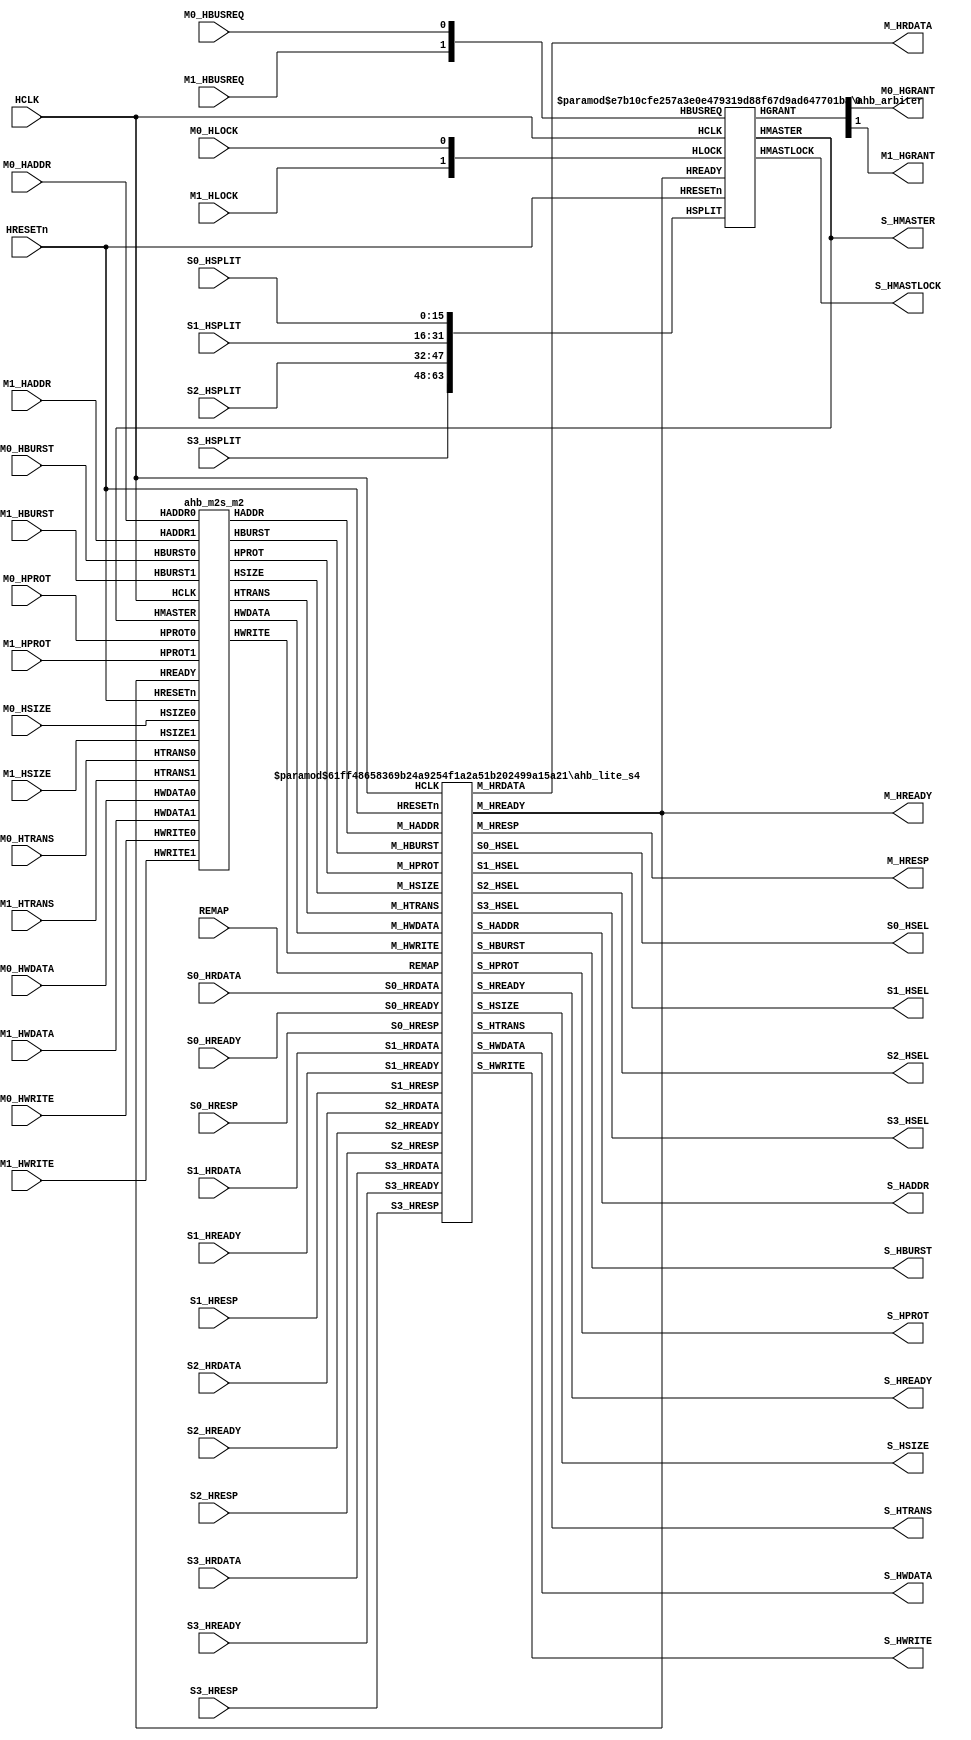
//---------------------------------------------------------------------------
module amba_ahb_m2s4
     #(parameter P_NUMM=2 // num of masters
               , P_NUMS=4 // num of slaves
               , P_HSEL0_START=32'h00000000, P_HSEL0_SIZE=32'h20000000
               , P_HSEL1_START=32'h20000000, P_HSEL1_SIZE=32'h20000000
               , P_HSEL2_START=32'h40000000, P_HSEL2_SIZE=32'h40000000
               , P_HSEL3_START=32'h80000000, P_HSEL3_SIZE=32'h40000000
               )
(
        input   wire         HRESETn
      , input   wire         HCLK
      , input   wire         M0_HBUSREQ
      , output  wire         M0_HGRANT
      , input   wire  [31:0] M0_HADDR
      , input   wire  [ 1:0] M0_HTRANS
      , input   wire  [ 2:0] M0_HSIZE
      , input   wire  [ 2:0] M0_HBURST
      , input   wire  [ 3:0] M0_HPROT
      , input   wire         M0_HLOCK
      , input   wire         M0_HWRITE
      , input   wire  [31:0] M0_HWDATA
      , input   wire         M1_HBUSREQ
      , output  wire         M1_HGRANT
      , input   wire  [31:0] M1_HADDR
      , input   wire  [ 1:0] M1_HTRANS
      , input   wire  [ 2:0] M1_HSIZE
      , input   wire  [ 2:0] M1_HBURST
      , input   wire  [ 3:0] M1_HPROT
      , input   wire         M1_HLOCK
      , input   wire         M1_HWRITE
      , input   wire  [31:0] M1_HWDATA
      , output  wire  [31:0] M_HRDATA
      , output  wire  [ 1:0] M_HRESP
      , output  wire         M_HREADY
      , output  wire  [31:0] S_HADDR
      , output  wire         S_HWRITE
      , output  wire  [ 1:0] S_HTRANS
      , output  wire  [ 2:0] S_HSIZE
      , output  wire  [ 2:0] S_HBURST
      , output  wire  [31:0] S_HWDATA
      , output  wire  [ 3:0] S_HPROT
      , output  wire         S_HREADY
      , output  wire  [ 3:0] S_HMASTER
      , output  wire         S_HMASTLOCK
      , output  wire         S0_HSEL
      , input   wire         S0_HREADY
      , input   wire  [ 1:0] S0_HRESP
      , input   wire  [31:0] S0_HRDATA
      , input   wire  [15:0] S0_HSPLIT
      , output  wire         S1_HSEL
      , input   wire         S1_HREADY
      , input   wire  [ 1:0] S1_HRESP
      , input   wire  [31:0] S1_HRDATA
      , input   wire  [15:0] S1_HSPLIT
      , output  wire         S2_HSEL
      , input   wire         S2_HREADY
      , input   wire  [ 1:0] S2_HRESP
      , input   wire  [31:0] S2_HRDATA
      , input   wire  [15:0] S2_HSPLIT
      , output  wire         S3_HSEL
      , input   wire         S3_HREADY
      , input   wire  [ 1:0] S3_HRESP
      , input   wire  [31:0] S3_HRDATA
      , input   wire  [15:0] S3_HSPLIT
      , input   wire         REMAP
);
  ahb_arbiter #(.NUMM(2),.NUMS(4))
  u_ahb_arbiter (
         .HRESETn   (HRESETn    )
       , .HCLK      (HCLK       )
       , .HBUSREQ   ({M1_HBUSREQ,M0_HBUSREQ})
       , .HGRANT    ({M1_HGRANT,M0_HGRANT})
       , .HMASTER   (S_HMASTER  )
       , .HLOCK     ({M1_HLOCK,M0_HLOCK})
       , .HREADY    (M_HREADY   )
       , .HMASTLOCK (S_HMASTLOCK)
       , .HSPLIT    ({S3_HSPLIT,S2_HSPLIT,S1_HSPLIT,S0_HSPLIT})
  );
  wire  [31:0] M_HADDR;
  wire  [ 1:0] M_HTRANS;
  wire  [ 2:0] M_HSIZE;
  wire  [ 2:0] M_HBURST;
  wire  [ 3:0] M_HPROT;
  wire         M_HWRITE;
  wire  [31:0] M_HWDATA;
  ahb_m2s_m2 u_ahb_m2s (
       .HRESETn  (HRESETn    )
     , .HCLK     (HCLK       )
     , .HREADY   (M_HREADY   )
     , .HMASTER  (S_HMASTER  )
     , .HADDR    (M_HADDR    )
     , .HPROT    (M_HPROT    )
     , .HTRANS   (M_HTRANS   )
     , .HWRITE   (M_HWRITE   )
     , .HSIZE    (M_HSIZE    )
     , .HBURST   (M_HBURST   )
     , .HWDATA   (M_HWDATA   )
     , .HADDR0   (M0_HADDR  )
     , .HPROT0   (M0_HPROT  )
     , .HTRANS0  (M0_HTRANS )
     , .HWRITE0  (M0_HWRITE )
     , .HSIZE0   (M0_HSIZE  )
     , .HBURST0  (M0_HBURST )
     , .HWDATA0  (M0_HWDATA )
     , .HADDR1   (M1_HADDR  )
     , .HPROT1   (M1_HPROT  )
     , .HTRANS1  (M1_HTRANS )
     , .HWRITE1  (M1_HWRITE )
     , .HSIZE1   (M1_HSIZE  )
     , .HBURST1  (M1_HBURST )
     , .HWDATA1  (M1_HWDATA )
  );
  ahb_lite_s4 #(.P_NUM(4)
               ,.P_HSEL0_START(P_HSEL0_START), .P_HSEL0_SIZE(P_HSEL0_SIZE)
               ,.P_HSEL1_START(P_HSEL1_START), .P_HSEL1_SIZE(P_HSEL1_SIZE)
               ,.P_HSEL2_START(P_HSEL2_START), .P_HSEL2_SIZE(P_HSEL2_SIZE)
               ,.P_HSEL3_START(P_HSEL3_START), .P_HSEL3_SIZE(P_HSEL3_SIZE)
               )
  u_ahb_lite (
       .HRESETn   (HRESETn  )
     , .HCLK      (HCLK     )
     , .M_HADDR   (M_HADDR  )
     , .M_HTRANS  (M_HTRANS )
     , .M_HWRITE  (M_HWRITE )
     , .M_HSIZE   (M_HSIZE  )
     , .M_HBURST  (M_HBURST )
     , .M_HPROT   (M_HPROT  )
     , .M_HWDATA  (M_HWDATA )
     , .M_HRDATA  (M_HRDATA )
     , .M_HRESP   (M_HRESP  )
     , .M_HREADY  (M_HREADY )
     , .S_HADDR   (S_HADDR  )
     , .S_HTRANS  (S_HTRANS )
     , .S_HSIZE   (S_HSIZE  )
     , .S_HBURST  (S_HBURST )
     , .S_HWRITE  (S_HWRITE )
     , .S_HPROT   (S_HPROT  )
     , .S_HWDATA  (S_HWDATA )
     , .S_HREADY  (S_HREADY )
     , .S0_HSEL   (S0_HSEL  )
     , .S0_HRDATA (S0_HRDATA)
     , .S0_HRESP  (S0_HRESP )
     , .S0_HREADY (S0_HREADY)
     , .S1_HSEL   (S1_HSEL  )
     , .S1_HRDATA (S1_HRDATA)
     , .S1_HRESP  (S1_HRESP )
     , .S1_HREADY (S1_HREADY)
     , .S2_HSEL   (S2_HSEL  )
     , .S2_HRDATA (S2_HRDATA)
     , .S2_HRESP  (S2_HRESP )
     , .S2_HREADY (S2_HREADY)
     , .S3_HSEL   (S3_HSEL  )
     , .S3_HRDATA (S3_HRDATA)
     , .S3_HRESP  (S3_HRESP )
     , .S3_HREADY (S3_HREADY)
     , .REMAP     (REMAP    )
  );
endmodule
//---------------------------------------------------------------------------
//---------------------------------------------------------------------------
module ahb_arbiter
     #(parameter NUMM=2 // num of masters
               , NUMS=4)// num of slaves
(
       input   wire               HRESETn
     , input   wire               HCLK
     , input   wire [NUMM-1:0]    HBUSREQ // 0: highest priority
     , output  reg  [NUMM-1:0]    HGRANT={NUMM{1'b0}}
     , output  reg  [     3:0]    HMASTER=4'h0
     , input   wire [NUMM-1:0]    HLOCK
     , input   wire               HREADY
     , output  reg                HMASTLOCK=1'b0
     , input   wire [16*NUMS-1:0] HSPLIT
);
   reg  [NUMM-1:0] hmask={NUMM{1'b0}}; // 1=mask-out
   wire [     3:0] id=encoder(HGRANT);
   localparam ST_READY='h0
            , ST_STAY ='h1;
   reg state=ST_READY;
   always @ (posedge HCLK or negedge HRESETn) begin
   if (HRESETn==1'b0) begin
       HGRANT    <=  'h0;
       HMASTER   <= 4'h0;
       HMASTLOCK <= 1'b0;
       hmask     <=  'h0;
       state     <= ST_READY;
   end else if (HREADY==1'b1) begin
       HMASTER   <= id;
       HMASTLOCK <= HLOCK[id];
       case (state)
       ST_READY: begin
          if (HBUSREQ!=0) begin
              HGRANT  <= priority(HBUSREQ);
              hmask   <= 'h0;
              state   <= ST_STAY;
          end
          end // ST_READY
       ST_STAY: begin
          if (HBUSREQ=='b0) begin
              HGRANT <= 'h0;
              hmask  <= 'h0;
              state  <= ST_READY;
          end else if (HBUSREQ[id]==1'b0) begin
              if ((HBUSREQ&~hmask)=='b0) begin
                  HGRANT <= priority(HBUSREQ);
                  hmask  <= 'h0;
              end else begin
                  HGRANT    <= priority(HBUSREQ&~hmask);
                  hmask[id] <= 1'b1;
              end
          end
          end // ST_STAY
       default: begin
                HGRANT <= 'h0;
                state  <= ST_READY;
                end
       endcase
   end // if
   end // always
   function [NUMM-1:0] priority;
     input  [NUMM-1:0] req;
     reg    [15:0] val;
   begin
     casex ({{16-NUMM{1'b0}},req})
     16'bxxxx_xxxx_xxxx_xxx1: val = 'h0001;
     16'bxxxx_xxxx_xxxx_xx10: val = 'h0002;
     16'bxxxx_xxxx_xxxx_x100: val = 'h0004;
     16'bxxxx_xxxx_xxxx_1000: val = 'h0008;
     16'bxxxx_xxxx_xxx1_0000: val = 'h0010;
     16'bxxxx_xxxx_xx10_0000: val = 'h0020;
     16'bxxxx_xxxx_x100_0000: val = 'h0040;
     16'bxxxx_xxxx_1000_0000: val = 'h0080;
     16'bxxxx_xxx1_0000_0000: val = 'h0100;
     16'bxxxx_xx10_0000_0000: val = 'h0200;
     16'bxxxx_x100_0000_0000: val = 'h0400;
     16'bxxxx_1000_0000_0000: val = 'h0800;
     16'bxxx1_0000_0000_0000: val = 'h1000;
     16'bxx10_0000_0000_0000: val = 'h2000;
     16'bx100_0000_0000_0000: val = 'h4000;
     16'b1000_0000_0000_0000: val = 'h8000;
     default: val = 'h0000;
     endcase
     priority = val[NUMM-1:0];
   end
   endfunction // priority
   function [3:0] encoder;
     input  [NUMM-1:0] req;
   begin
     casex ({{16-NUMM{1'b0}},req})
     16'bxxxx_xxxx_xxxx_xxx1: encoder = 'h0;
     16'bxxxx_xxxx_xxxx_xx10: encoder = 'h1;
     16'bxxxx_xxxx_xxxx_x100: encoder = 'h2;
     16'bxxxx_xxxx_xxxx_1000: encoder = 'h3;
     16'bxxxx_xxxx_xxx1_0000: encoder = 'h4;
     16'bxxxx_xxxx_xx10_0000: encoder = 'h5;
     16'bxxxx_xxxx_x100_0000: encoder = 'h6;
     16'bxxxx_xxxx_1000_0000: encoder = 'h7;
     16'bxxxx_xxx1_0000_0000: encoder = 'h8;
     16'bxxxx_xx10_0000_0000: encoder = 'h9;
     16'bxxxx_x100_0000_0000: encoder = 'hA;
     16'bxxxx_1000_0000_0000: encoder = 'hB;
     16'bxxx1_0000_0000_0000: encoder = 'hC;
     16'bxx10_0000_0000_0000: encoder = 'hD;
     16'bx100_0000_0000_0000: encoder = 'hE;
     16'b1000_0000_0000_0000: encoder = 'hF;
     default: encoder = 'h0;
     endcase
   end
   endfunction // encoder
   `ifdef RIGOR
   // synthesis translate_off
   integer idx, idy;
   always @ ( posedge HCLK or negedge HRESETn) begin
   if (HRESETn==1'b0) begin
   end else begin
       if (|HGRANT) begin
           idy = 0;
           for (idx=0; idx<NUMM; idx=idx+1) if (HGRANT[idx]) idy = idy + 1;
           if (idy>1) $display("%04d %m ERROR AHB arbitration more than one granted", $time);
       end
   end // if
   end // always
   // synthesis translate_on
   `endif
endmodule
//---------------------------------------------------------------------------
//---------------------------------------------------------------------------
module ahb_m2s_m2
(
       input   wire          HRESETn
     , input   wire          HCLK
     , input   wire          HREADY
     , input   wire  [ 3:0]  HMASTER
     , output  reg   [31:0]  HADDR
     , output  reg   [ 3:0]  HPROT
     , output  reg   [ 1:0]  HTRANS
     , output  reg           HWRITE
     , output  reg   [ 2:0]  HSIZE
     , output  reg   [ 2:0]  HBURST
     , output  reg   [31:0]  HWDATA
     , input   wire  [31:0]  HADDR0
     , input   wire  [ 3:0]  HPROT0
     , input   wire  [ 1:0]  HTRANS0
     , input   wire          HWRITE0
     , input   wire  [ 2:0]  HSIZE0
     , input   wire  [ 2:0]  HBURST0
     , input   wire  [31:0]  HWDATA0
     , input   wire  [31:0]  HADDR1
     , input   wire  [ 3:0]  HPROT1
     , input   wire  [ 1:0]  HTRANS1
     , input   wire          HWRITE1
     , input   wire  [ 2:0]  HSIZE1
     , input   wire  [ 2:0]  HBURST1
     , input   wire  [31:0]  HWDATA1
);
       reg [3:0] hmaster_delay=4'h0;
       always @ (posedge HCLK or negedge HRESETn) begin
           if (HRESETn==1'b0) begin
                hmaster_delay <= 4'b0;
           end else begin
                if (HREADY) begin
                   hmaster_delay <= HMASTER;
                end
           end
       end
       always @ (HMASTER or HADDR0 or HADDR1) begin
           case (HMASTER)
           4'h0: HADDR = HADDR0;
           4'h1: HADDR = HADDR1;
           default: HADDR = ~32'b0;
           endcase
        end
       always @ (HMASTER or HPROT0 or HPROT1) begin
           case (HMASTER)
           4'h0: HPROT = HPROT0;
           4'h1: HPROT = HPROT1;
           default: HPROT = 4'b0;
           endcase
        end
       always @ (HMASTER or HTRANS0 or HTRANS1) begin
           case (HMASTER)
           4'h0: HTRANS = HTRANS0;
           4'h1: HTRANS = HTRANS1;
           default: HTRANS = 2'b0;
           endcase
        end
       always @ (HMASTER or HWRITE0 or HWRITE1) begin
           case (HMASTER)
           4'h0: HWRITE = HWRITE0;
           4'h1: HWRITE = HWRITE1;
           default: HWRITE = 1'b0;
           endcase
        end
       always @ (HMASTER or HSIZE0 or HSIZE1) begin
           case (HMASTER)
           4'h0: HSIZE = HSIZE0;
           4'h1: HSIZE = HSIZE1;
           default: HSIZE = 3'b0;
           endcase
        end
       always @ (HMASTER or HBURST0 or HBURST1) begin
           case (HMASTER)
           4'h0: HBURST = HBURST0;
           4'h1: HBURST = HBURST1;
           default: HBURST = 3'b0;
           endcase
        end
       always @ (hmaster_delay or HWDATA0 or HWDATA1) begin
           case (hmaster_delay)
           4'h0: HWDATA = HWDATA0;
           4'h1: HWDATA = HWDATA1;
           default: HWDATA = 3'b0;
           endcase
        end
endmodule
//---------------------------------------------------------------------------
//---------------------------------------------------------------------------
module ahb_lite_s4
     #(parameter P_NUM=4 // num of slaves
               , P_HSEL0_START=32'h00000000, P_HSEL0_SIZE=32'h00010000
               , P_HSEL1_START=32'h10000000, P_HSEL1_SIZE=32'h00010000
               , P_HSEL2_START=32'h20000000, P_HSEL2_SIZE=32'h00010000
               , P_HSEL3_START=32'h30000000, P_HSEL3_SIZE=32'h00010000
               )
(
        input   wire         HRESETn
      , input   wire         HCLK
      , input   wire  [31:0] M_HADDR
      , input   wire  [ 1:0] M_HTRANS
      , input   wire         M_HWRITE
      , input   wire  [ 2:0] M_HSIZE
      , input   wire  [ 2:0] M_HBURST
      , input   wire  [ 3:0] M_HPROT
      , input   wire  [31:0] M_HWDATA
      , output  wire  [31:0] M_HRDATA
      , output  wire  [ 1:0] M_HRESP
      , output  wire         M_HREADY
      , output  wire  [31:0] S_HADDR
      , output  wire  [ 1:0] S_HTRANS
      , output  wire  [ 2:0] S_HSIZE
      , output  wire  [ 2:0] S_HBURST
      , output  wire  [ 3:0] S_HPROT
      , output  wire         S_HWRITE
      , output  wire  [31:0] S_HWDATA
      , output  wire         S_HREADY
      , output  wire         S0_HSEL
      , input   wire         S0_HREADY
      , input   wire  [ 1:0] S0_HRESP
      , input   wire  [31:0] S0_HRDATA
      , output  wire         S1_HSEL
      , input   wire         S1_HREADY
      , input   wire  [ 1:0] S1_HRESP
      , input   wire  [31:0] S1_HRDATA
      , output  wire         S2_HSEL
      , input   wire         S2_HREADY
      , input   wire  [ 1:0] S2_HRESP
      , input   wire  [31:0] S2_HRDATA
      , output  wire         S3_HSEL
      , input   wire         S3_HREADY
      , input   wire  [ 1:0] S3_HRESP
      , input   wire  [31:0] S3_HRDATA
      , input   wire         REMAP
);
   wire        HSELd; // default slave
   wire [31:0] HRDATAd;
   wire [ 1:0] HRESPd;
   wire        HREADYd;
   assign S_HADDR  = M_HADDR;
   assign S_HTRANS = M_HTRANS;
   assign S_HSIZE  = M_HSIZE;
   assign S_HBURST = M_HBURST;
   assign S_HWRITE = M_HWRITE;
   assign S_HPROT  = M_HPROT;
   assign S_HWDATA = M_HWDATA;
   assign S_HREADY = M_HREADY;
   ahb_decoder_s4
      #(.P_NUM(4)
       ,.P_HSEL0_START(P_HSEL0_START),.P_HSEL0_SIZE(P_HSEL0_SIZE)
       ,.P_HSEL1_START(P_HSEL1_START),.P_HSEL1_SIZE(P_HSEL1_SIZE)
       ,.P_HSEL2_START(P_HSEL2_START),.P_HSEL2_SIZE(P_HSEL2_SIZE)
       ,.P_HSEL3_START(P_HSEL3_START),.P_HSEL3_SIZE(P_HSEL3_SIZE)
       )
   u_ahb_decoder (
                 .HADDR(M_HADDR)
                ,.HSELd(HSELd)
                ,.HSEL0(S0_HSEL)
                ,.HSEL1(S1_HSEL)
                ,.HSEL2(S2_HSEL)
                ,.HSEL3(S3_HSEL)
                ,.REMAP(REMAP));
   ahb_s2m_s4 u_ahb_s2m (
                 .HRESETn(HRESETn)
                ,.HCLK   (HCLK   )
                ,.HRDATA (M_HRDATA)
                ,.HRESP  (M_HRESP )
                ,.HREADY (M_HREADY)
                ,.HSEL0  (S0_HSEL)
                ,.HRDATA0(S0_HRDATA)
                ,.HRESP0 (S0_HRESP)
                ,.HREADY0(S0_HREADY)
                ,.HSEL1  (S1_HSEL)
                ,.HRDATA1(S1_HRDATA)
                ,.HRESP1 (S1_HRESP)
                ,.HREADY1(S1_HREADY)
                ,.HSEL2  (S2_HSEL)
                ,.HRDATA2(S2_HRDATA)
                ,.HRESP2 (S2_HRESP)
                ,.HREADY2(S2_HREADY)
                ,.HSEL3  (S3_HSEL)
                ,.HRDATA3(S3_HRDATA)
                ,.HRESP3 (S3_HRESP)
                ,.HREADY3(S3_HREADY)
                ,.HSELd  (HSELd  )
                ,.HRDATAd(HRDATAd)
                ,.HRESPd (HRESPd )
                ,.HREADYd(HREADYd));
   ahb_default_slave u_ahb_default_slave (
                 .HRESETn  (HRESETn  )
                ,.HCLK     (HCLK     )
                ,.HSEL     (HSELd    )
                ,.HADDR    (S_HADDR  )
                ,.HTRANS   (S_HTRANS )
                ,.HWRITE   (S_HWRITE )
                ,.HSIZE    (S_HSIZE  )
                ,.HBURST   (S_HBURST )
                ,.HWDATA   (S_HWDATA )
                ,.HRDATA   (HRDATAd  )
                ,.HRESP    (HRESPd   )
                ,.HREADYin (S_HREADY )
                ,.HREADYout(HREADYd  ));
endmodule
//---------------------------------------------------------------------------
//---------------------------------------------------------------------------
module ahb_decoder_s4
     #(parameter P_NUM        =4
               , P_HSEL0_START=32'h00000000, P_HSEL0_SIZE=32'h00010000
               , P_HSEL0_END  =P_HSEL0_START+P_HSEL0_SIZE
               , P_HSEL1_START=32'h10000000, P_HSEL1_SIZE=32'h00010000
               , P_HSEL1_END  =P_HSEL1_START+P_HSEL1_SIZE
               , P_HSEL2_START=32'h20000000, P_HSEL2_SIZE=32'h00010000
               , P_HSEL2_END  =P_HSEL2_START+P_HSEL2_SIZE
               , P_HSEL3_START=32'h30000000, P_HSEL3_SIZE=32'h00010000
               , P_HSEL3_END  =P_HSEL3_START+P_HSEL3_SIZE
               )
(
       input   wire [31:0] HADDR
     , output  wire        HSELd // default slave
     , output  wire        HSEL0
     , output  wire        HSEL1
     , output  wire        HSEL2
     , output  wire        HSEL3
     , input   wire        REMAP
);
   wire [3:0] ihsel;
   wire       ihseld = ~|ihsel;
   assign HSELd = ihseld;
   assign HSEL0 = (REMAP) ? ihsel[1] : ihsel[0];
   assign HSEL1 = (REMAP) ? ihsel[0] : ihsel[1];
   assign HSEL2 = ihsel[2];
   assign HSEL3 = ihsel[3];
   assign ihsel[0] = ((P_NUM>0)&&(HADDR>=P_HSEL0_START)&&(HADDR<P_HSEL0_END)) ? 1'b1 : 1'b0;
   assign ihsel[1] = ((P_NUM>1)&&(HADDR>=P_HSEL1_START)&&(HADDR<P_HSEL1_END)) ? 1'b1 : 1'b0;
   assign ihsel[2] = ((P_NUM>2)&&(HADDR>=P_HSEL2_START)&&(HADDR<P_HSEL2_END)) ? 1'b1 : 1'b0;
   assign ihsel[3] = ((P_NUM>3)&&(HADDR>=P_HSEL3_START)&&(HADDR<P_HSEL3_END)) ? 1'b1 : 1'b0;
   `ifdef RIGOR
   // synthesis translate_off
   initial begin
       if (P_HSEL0_SIZE==0) $display("%m ERROR P_HSEL0_SIZE should be positive 32-bit");
       if (P_HSEL1_SIZE==0) $display("%m ERROR P_HSEL1_SIZE should be positive 32-bit");
       if (P_HSEL2_SIZE==0) $display("%m ERROR P_HSEL2_SIZE should be positive 32-bit");
       if (P_HSEL3_SIZE==0) $display("%m ERROR P_HSEL3_SIZE should be positive 32-bit");
       if ((P_HSEL0_END>P_HSEL1_START)&&
           (P_HSEL0_END<=P_HSEL1_END)) $display("%m ERROR address range overlapped 0:1");
       if ((P_HSEL0_END>P_HSEL2_START)&&
           (P_HSEL0_END<=P_HSEL2_END)) $display("%m ERROR address range overlapped 0:2");
       if ((P_HSEL0_END>P_HSEL3_START)&&
           (P_HSEL0_END<=P_HSEL3_END)) $display("%m ERROR address range overlapped 0:3");
       if ((P_HSEL1_END>P_HSEL0_START)&&
           (P_HSEL1_END<=P_HSEL0_END)) $display("%m ERROR address range overlapped 1:0");
       if ((P_HSEL1_END>P_HSEL2_START)&&
           (P_HSEL1_END<=P_HSEL2_END)) $display("%m ERROR address range overlapped 1:2");
       if ((P_HSEL1_END>P_HSEL3_START)&&
           (P_HSEL1_END<=P_HSEL3_END)) $display("%m ERROR address range overlapped 1:3");
       if ((P_HSEL2_END>P_HSEL0_START)&&
           (P_HSEL2_END<=P_HSEL0_END)) $display("%m ERROR address range overlapped 2:0");
       if ((P_HSEL2_END>P_HSEL1_START)&&
           (P_HSEL2_END<=P_HSEL1_END)) $display("%m ERROR address range overlapped 2:1");
       if ((P_HSEL2_END>P_HSEL3_START)&&
           (P_HSEL2_END<=P_HSEL3_END)) $display("%m ERROR address range overlapped 2:3");
       if ((P_HSEL3_END>P_HSEL0_START)&&
           (P_HSEL3_END<=P_HSEL0_END)) $display("%m ERROR address range overlapped 3:0");
       if ((P_HSEL3_END>P_HSEL1_START)&&
           (P_HSEL3_END<=P_HSEL1_END)) $display("%m ERROR address range overlapped 3:1");
       if ((P_HSEL3_END>P_HSEL2_START)&&
           (P_HSEL3_END<=P_HSEL2_END)) $display("%m ERROR address range overlapped 3:2");
   end
   // synthesis translate_on
   `endif
endmodule
//---------------------------------------------------------------------------
//---------------------------------------------------------------------------
module ahb_s2m_s4
(
       input   wire         HRESETn
     , input   wire         HCLK
     , input   wire         HSELd
     , input   wire         HSEL0
     , input   wire         HSEL1
     , input   wire         HSEL2
     , input   wire         HSEL3
     , output  reg   [31:0] HRDATA
     , output  reg   [ 1:0] HRESP
     , output  reg          HREADY
     , input   wire  [31:0] HRDATA0
     , input   wire  [ 1:0] HRESP0
     , input   wire         HREADY0
     , input   wire  [31:0] HRDATA1
     , input   wire  [ 1:0] HRESP1
     , input   wire         HREADY1
     , input   wire  [31:0] HRDATA2
     , input   wire  [ 1:0] HRESP2
     , input   wire         HREADY2
     , input   wire  [31:0] HRDATA3
     , input   wire  [ 1:0] HRESP3
     , input   wire         HREADY3
     , input   wire  [31:0] HRDATAd
     , input   wire  [ 1:0] HRESPd
     , input   wire         HREADYd
);
  localparam D_HSEL0 = 5'h1;
  localparam D_HSEL1 = 5'h2;
  localparam D_HSEL2 = 5'h4;
  localparam D_HSEL3 = 5'h8;
  localparam D_HSELd = 5'h10;
  wire [4:0] _hsel = {HSELd,HSEL3,HSEL2,HSEL1,HSEL0};
  reg  [4:0] _hsel_reg;
  always @ (posedge HCLK or negedge HRESETn) begin
    if (HRESETn==1'b0)   _hsel_reg <= 5'h0;
    else if(HREADY) _hsel_reg <= _hsel; // default HREADY must be 1'b1
  end
  always @ (_hsel_reg or HREADYd or HREADY0 or HREADY1 or HREADY2 or HREADY3) begin
    case(_hsel_reg)
      D_HSEL0: HREADY = HREADY0;
      D_HSEL1: HREADY = HREADY1;
      D_HSEL2: HREADY = HREADY2;
      D_HSEL3: HREADY = HREADY3;
      D_HSELd: HREADY = HREADYd;
      default: HREADY = 1'b1;
    endcase
  end
  always @ (_hsel_reg or HRDATAd or HRDATA0 or HRDATA1 or HRDATA2 or HRDATA3) begin
    case(_hsel_reg)
      D_HSEL0: HRDATA = HRDATA0;
      D_HSEL1: HRDATA = HRDATA1;
      D_HSEL2: HRDATA = HRDATA2;
      D_HSEL3: HRDATA = HRDATA3;
      D_HSELd: HRDATA = HRDATAd;
      default: HRDATA = 32'b0;
    endcase
  end
  always @ (_hsel_reg or HRESPd or HRESP0 or HRESP1 or HRESP2 or HRESP3) begin
    case(_hsel_reg)
      D_HSEL0: HRESP = HRESP0;
      D_HSEL1: HRESP = HRESP1;
      D_HSEL2: HRESP = HRESP2;
      D_HSEL3: HRESP = HRESP3;
      D_HSELd: HRESP = HRESPd;
      default: HRESP = 2'b01; //`HRESP_ERROR;
    endcase
  end
endmodule
//---------------------------------------------------------------------------
//---------------------------------------------------------------------------
`ifndef AHB_DEFAULT_SLAVE_V
`define AHB_DEFAULT_SLAVE_V
module ahb_default_slave
(
       input   wire         HRESETn
     , input   wire         HCLK
     , input   wire         HSEL
     , input   wire  [31:0] HADDR
     , input   wire  [ 1:0] HTRANS
     , input   wire         HWRITE
     , input   wire  [ 2:0] HSIZE
     , input   wire  [ 2:0] HBURST
     , input   wire  [31:0] HWDATA
     , output  wire  [31:0] HRDATA
     , output  reg   [ 1:0] HRESP=2'b01
     , input   wire         HREADYin
     , output  reg          HREADYout=1'b1
);
   assign HRDATA = 32'h0;
   localparam STH_IDLE   = 2'h0
            , STH_WRITE  = 2'h1
            , STH_READ0  = 2'h2;
   reg [1:0] state=STH_IDLE;
   always @ (posedge HCLK or negedge HRESETn) begin
       if (HRESETn==0) begin
           HRESP     <= 2'b00; //`HRESP_OKAY;
           HREADYout <= 1'b1;
           state     <= STH_IDLE;
       end else begin // if (HRESETn==0) begin
           case (state)
           STH_IDLE: begin
                if (HSEL && HREADYin) begin
                   case (HTRANS)
                   //`HTRANS_IDLE, `HTRANS_BUSY: begin
                   2'b00, 2'b01: begin
                          HREADYout <= 1'b1;
                          HRESP     <= 2'b00; //`HRESP_OKAY;
                          state     <= STH_IDLE;
                    end // HTRANS_IDLE or HTRANS_BUSY
                   //`HTRANS_NONSEQ, `HTRANS_SEQ: begin
                   2'b10, 2'b11: begin
                          HREADYout <= 1'b0;
                          HRESP     <= 2'b01; //`HRESP_ERROR;
                          if (HWRITE) begin
                              state <= STH_WRITE;
                          end else begin
                              state <= STH_READ0;
                          end
                    end // HTRANS_NONSEQ or HTRANS_SEQ
                   endcase // HTRANS
                end else begin// if (HSEL && HREADYin)
                    HREADYout <= 1'b1;
                    HRESP     <= 2'b00; //`HRESP_OKAY;
                end
                end // STH_IDLE
           STH_WRITE: begin
                     HREADYout <= 1'b1;
                     HRESP     <= 2'b01; //`HRESP_ERROR;
                     state     <= STH_IDLE;
                end // STH_WRITE
           STH_READ0: begin
                    HREADYout <= 1'b1;
                    HRESP     <= 2'b01; //`HRESP_ERROR;
                    state     <= STH_IDLE;
                end // STH_READ0
           endcase // state
       end // if (HRESETn==0)
   end // always
endmodule
`endif
//---------------------------------------------------------------------------